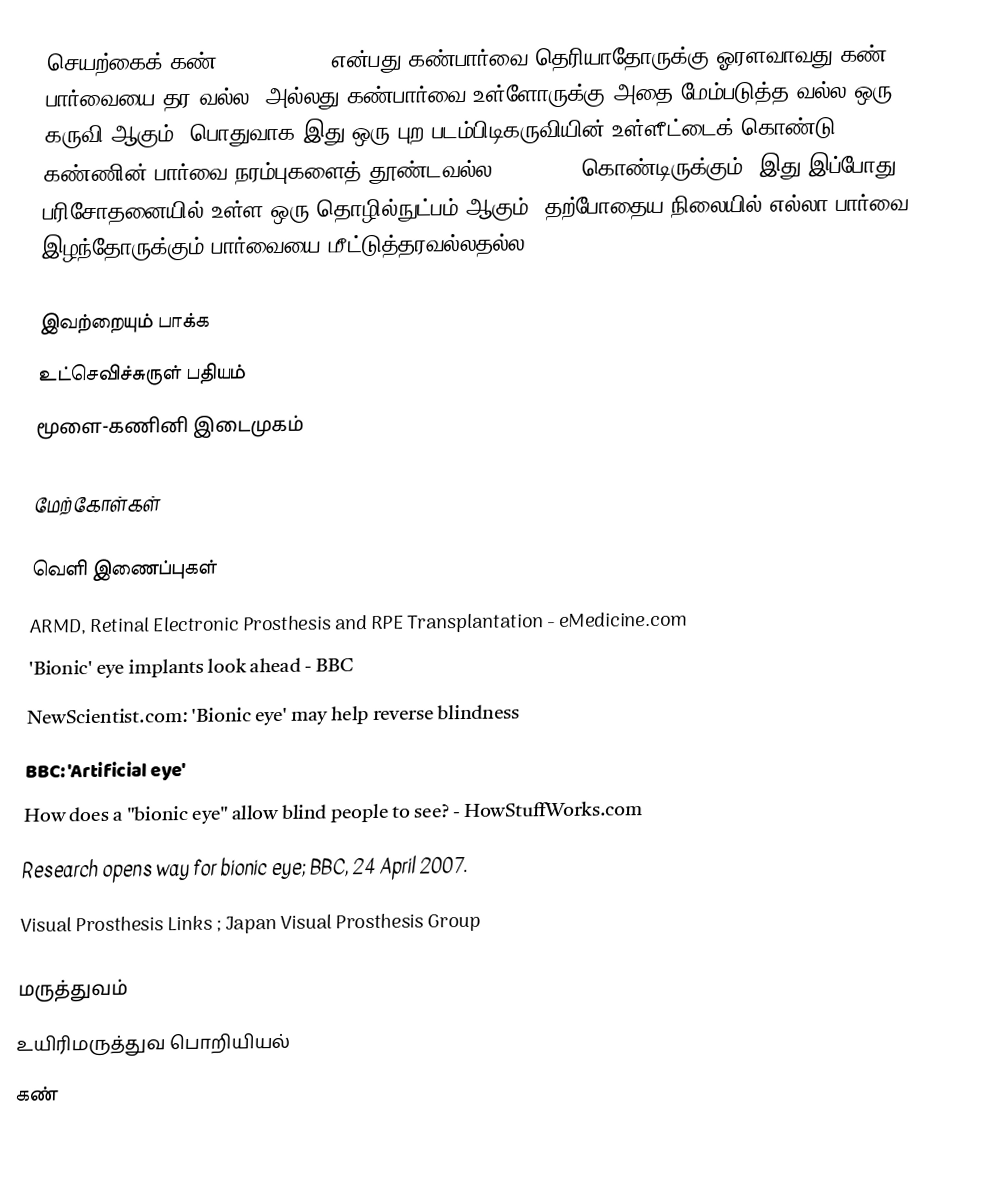
செயற்கைக் கண்  (Bionic Eye) என்பது கண்பார்வை தெரியாதோருக்கு ஓரளவாவது கண் பார்வையை தர வல்ல, அல்லது கண்பார்வை உள்ளோருக்கு அதை மேம்படுத்த வல்ல ஒரு கருவி ஆகும்.  பொதுவாக இது ஒரு புற படம்பிடிகருவியின் உள்ளீட்டைக் கொண்டு கண்ணின் பார்வை நரம்புகளைத் தூண்டவல்ல Simulator கொண்டிருக்கும்.  இது இப்போது பரிசோதனையில் உள்ள ஒரு தொழில்நுட்பம் ஆகும்.  தற்போதைய நிலையில் எல்லா பார்வை இழந்தோருக்கும் பார்வையை மீட்டுத்தரவல்லதல்ல..

இவற்றையும் பாக்க
 உட்செவிச்சுருள் பதியம்
 மூளை-கணினி இடைமுகம்

மேற்கோள்கள்

வெளி இணைப்புகள்
 ARMD, Retinal Electronic Prosthesis and RPE Transplantation - eMedicine.com
 'Bionic' eye implants look ahead - BBC
 NewScientist.com:  'Bionic eye' may help reverse blindness
 BBC: 'Artificial eye'
 How does a "bionic eye" allow blind people to see? - HowStuffWorks.com
 Research opens way for bionic eye; BBC, 24 April 2007.
 Visual Prosthesis Links ; Japan Visual Prosthesis Group

மருத்துவம்
உயிரிமருத்துவ பொறியியல்
கண்